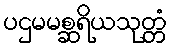
ပဌမမစ္ဆရိယသုတ္တံ